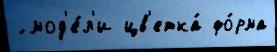
́ мод'е́л'и цв'етка́ фо́рма